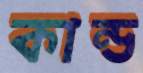
কান্ড